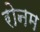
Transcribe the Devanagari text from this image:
रोनम